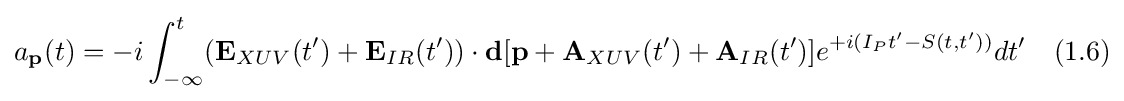
a_{\textbf {p}}(t)=-i\int _{-\infty }^{t}({\textbf {E}}_{XUV}(t')+{\textbf {E}}_{IR}(t'))\cdot {\textbf {d}}[{\textbf {p}}+{\textbf {A}}_{XUV}(t')+{\textbf {A}}_{IR}(t')]e^{+i(I_{P}t'-S(t,t'))}dt'\quad (1.6)